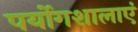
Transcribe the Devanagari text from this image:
पर्योगशालाएं